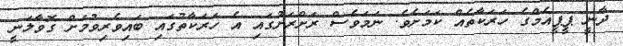
ދާނީ ޕީޕީއެމްގެ ހަރަކާތެއް ކަމަށެވެ. ނަމަވެސް ރަށްރަށުގައި އެ ހަރަކާތުގައި ބައިވެރިވުމަށް ގޮވާލަނީ